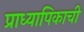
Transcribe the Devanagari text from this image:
प्राध्यापिकाची